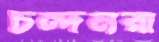
চন্দনরা